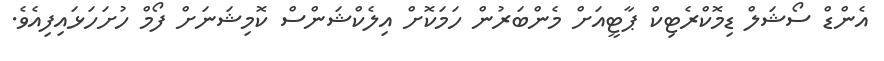
އެންޑް ސޯޝަލް ޑިމޮކްރެޓިކް ޕާޓީއަށް މެންބަރުން ހަމަކޮށް އިލެކްޝަންސް ކޮމިޝަނަށް ފޯމް ހުށަހަޅައިފިއެވެ.